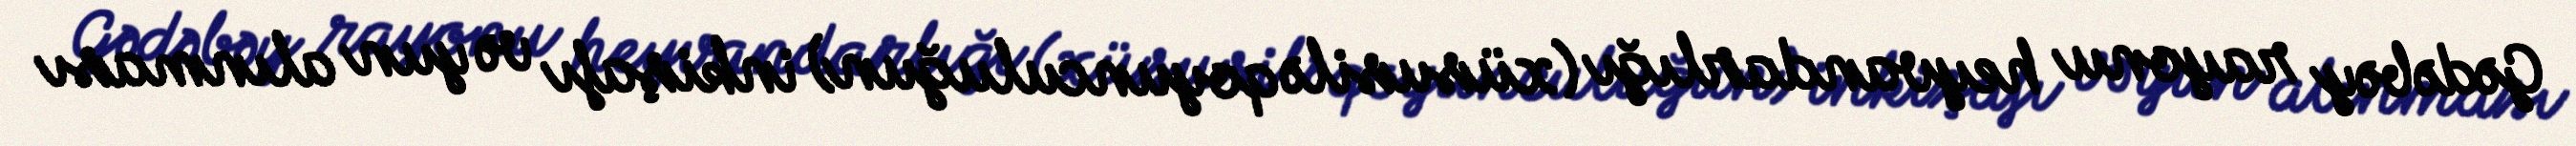
Gədəbəy rayonu heyvandarlığı (xüsusilə qoyunculuğun) inkişafı və yun alınması